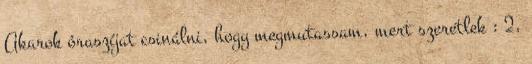
Akarok óraszíjat csinálni, hogy megmutassam, mert szeretlek : 2.